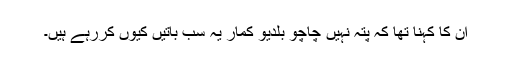
ان کا کہنا تھا کہ پتہ نہیں چاچو بلدیو کمار یہ سب باتیں کیوں کررہے ہیں۔